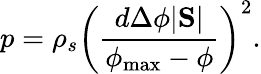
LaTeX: p=\rho_{s}\left(\frac{d\Delta\phi|\mathrm{\mathbf S}|}{\phi_{\mathrm{max}}-\phi}\right)^{2}.